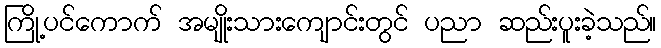
ကြို့ပင်ကောက် အမျိုးသားကျောင်းတွင် ပညာ ဆည်းပူးခဲ့သည်။